Tartu_pedagoogiumi_aruanded, lk 3
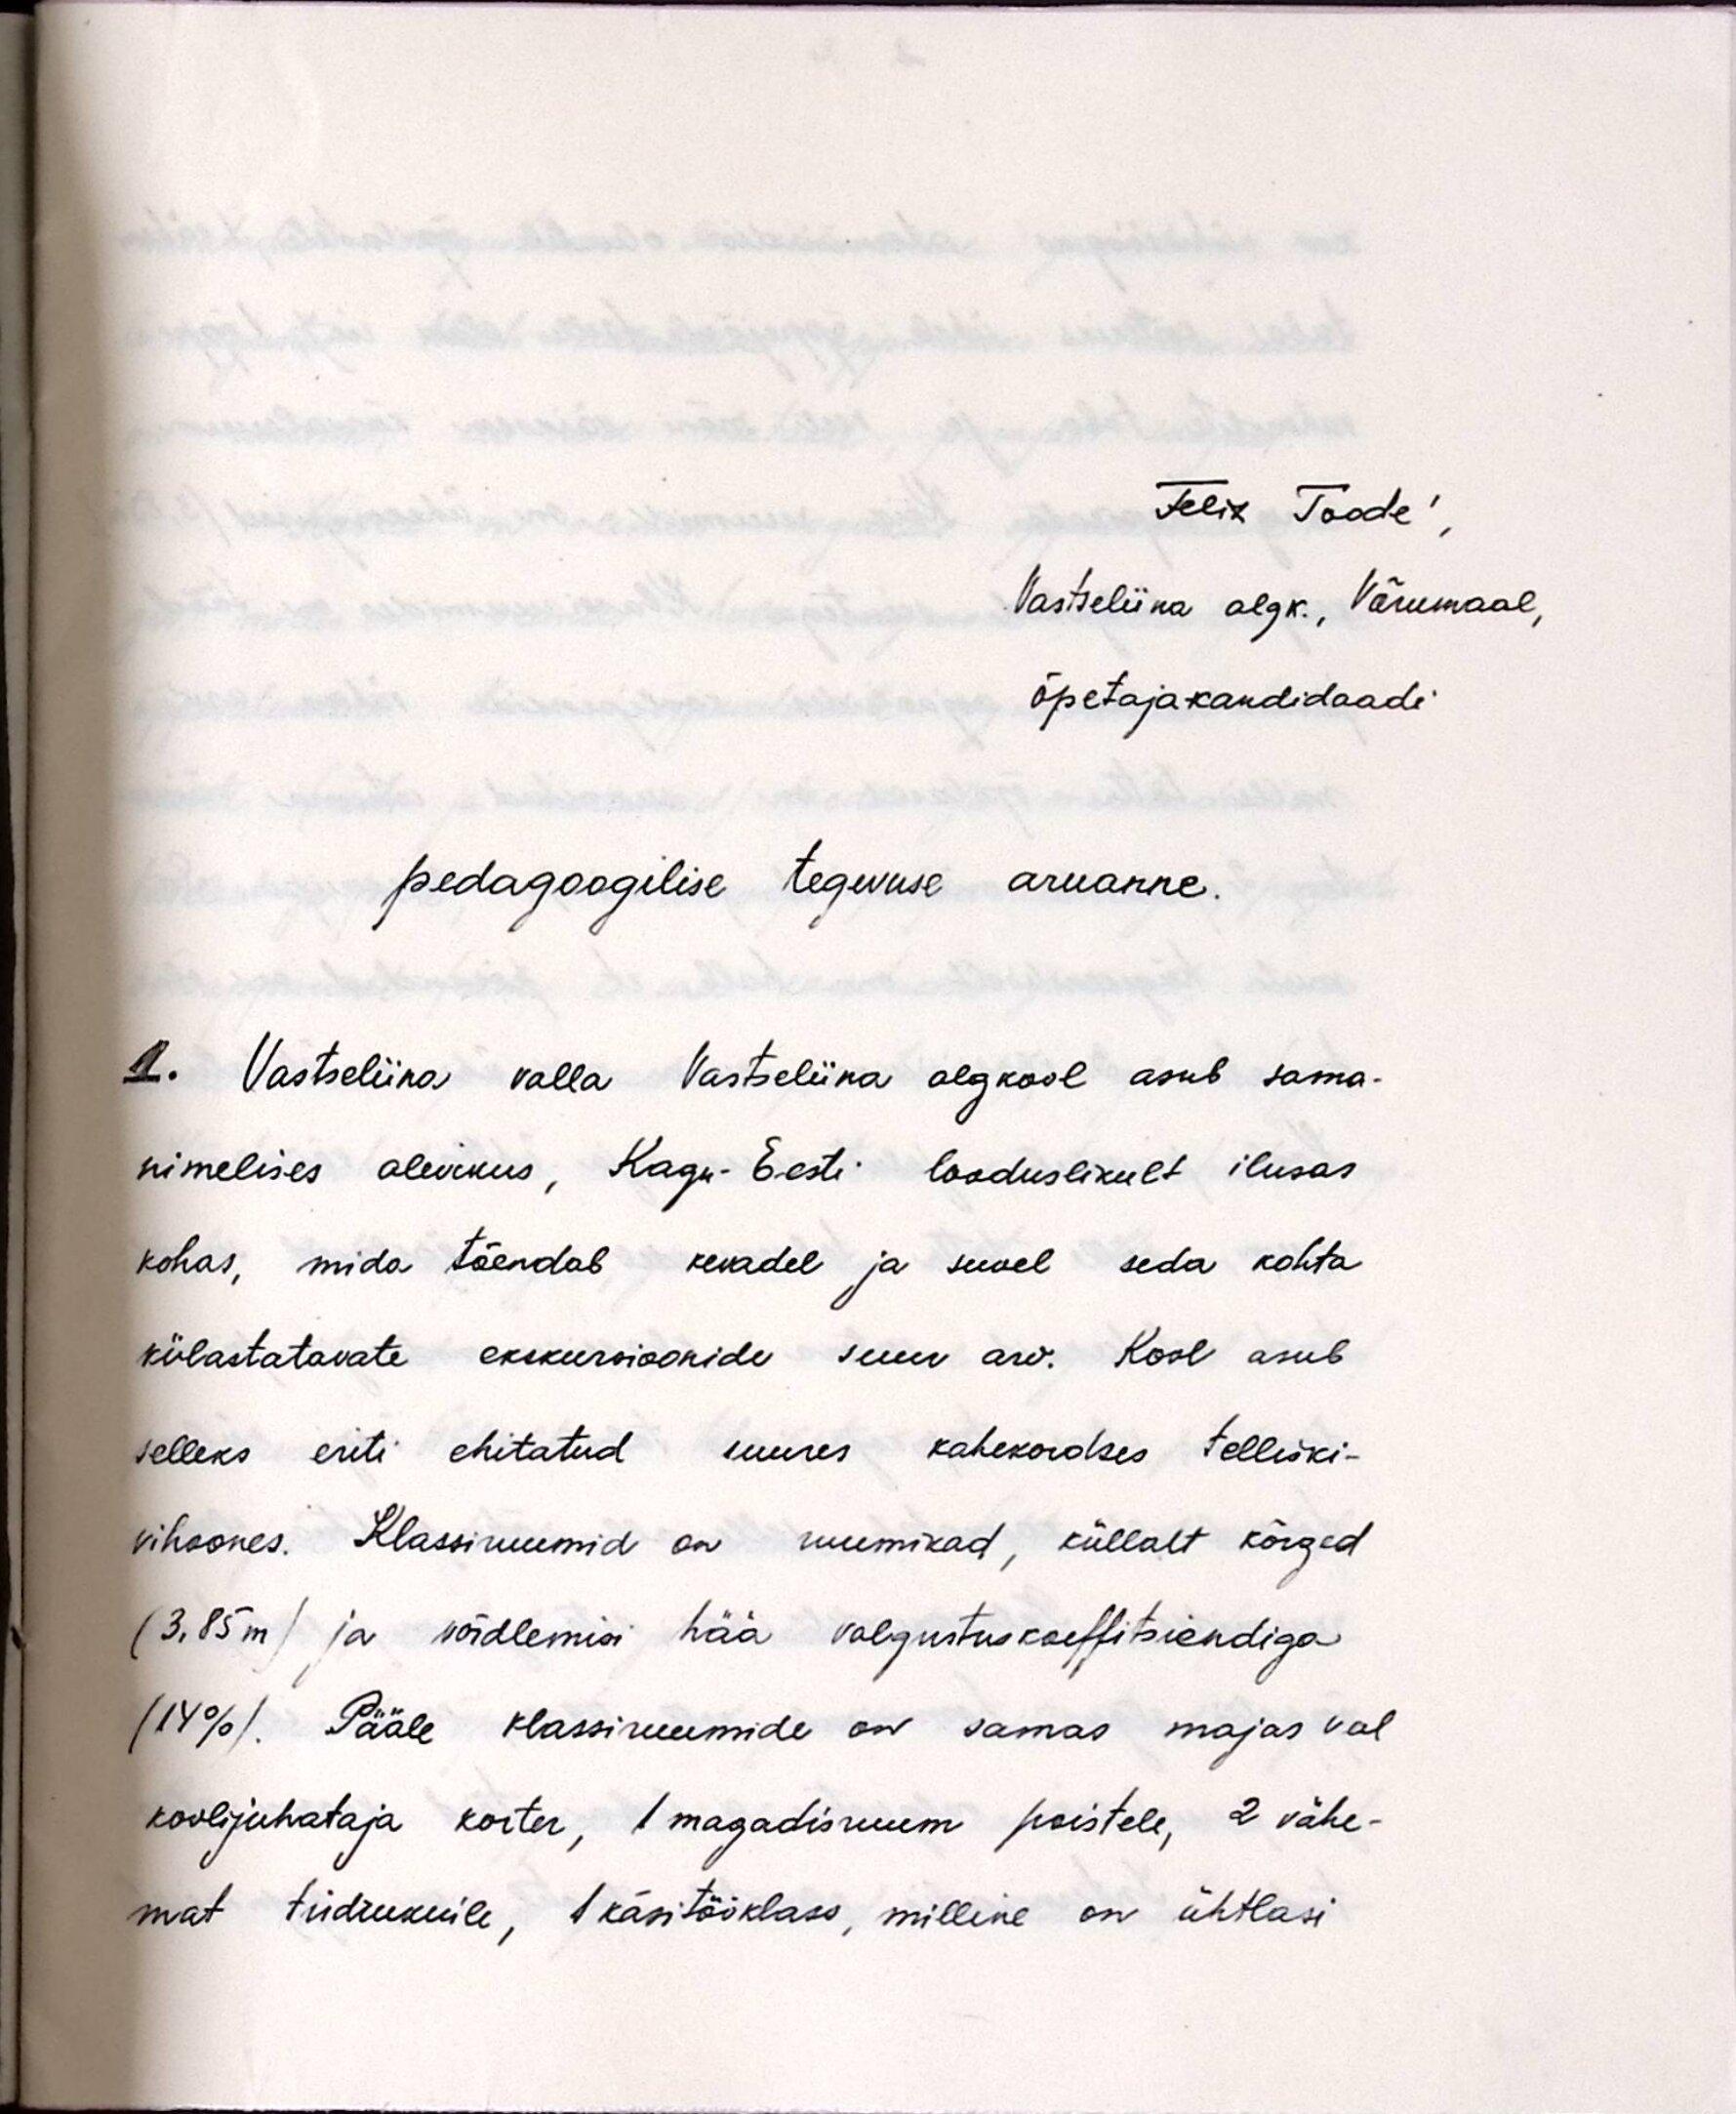
Felix Toode',
Vastseliina algk., Võrumaal,
õpetajakandidaadi
pedagoogilise tegevuse aruanne.
1. Vastseliina valla Vasteliina algkool asub sama-
nimelises alevikus, Kagu-Eesti looduslikult ilusas
kohas, mida tõendab kevadel ja suvel seda kohta
külastatavate ekskursioonide suur arv. Kool asub
selleks eriti ehitatud suures kahekordses telliski-
vihoones. Klassiruumid on ruumikad, küllalt kõrged
(3.85 m) ja võidlemisi hää valgustuskoeffitsiendiga
(14%). Pääle klassiruumide on samas majas veel
koolijuhataja korter, 1 magadisruum poistele, 2 vähe-
mat tüdrukuile, 1 käsitööklass, milline on ühtlasi